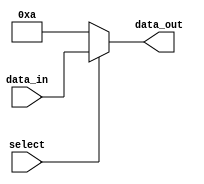
module vector_continuous_assignment (
    input wire [3:0] data_in,       // 4-bit input data
    input wire select,               // Select line to choose the output value
    output wire [3:0] data_out       // 4-bit output data
);

    // Continuous assignment of data_out based on the select signal
    assign data_out = (select) ? data_in : 4'b1010; // Assign data_in if select is high, otherwise assign constant value 1010

endmodule